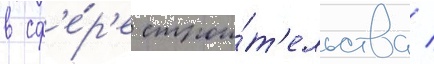
в сф'е́р'е строи́т'ельства /